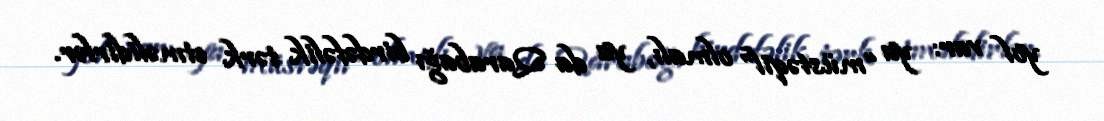
yol var: ya “müstəqil” olmalı, ya da Qarabağı birdəfəlik tərk etməlidirlər.